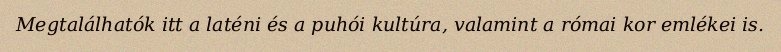
Megtalálhatók itt a laténi és a puhói kultúra, valamint a római kor emlékei is.